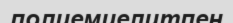
полиемиелитпен